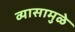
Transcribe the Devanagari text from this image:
व्यासामुळे